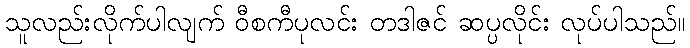
သူလည်းလိုက်ပါလျက် ဝီစကီပုလင်း တဒါဇင် ဆပ္ပလိုင်း လုပ်ပါသည်။